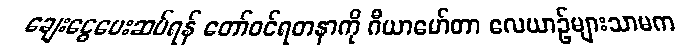
ချေးငွေပေးဆပ်ရန် တော်ဝင်ရတနာကို ဂီယာမော်တာ လေယာဉ်များသာမက